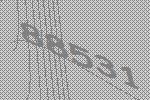
88531